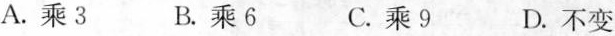
A.乘3 B.乘6 C.乘9 D.不变